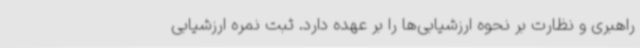
راهبری و نظارت بر نحوه ارزشیابی‌ها را بر عهده دارد. ثبت نمره ارزشیابی